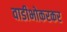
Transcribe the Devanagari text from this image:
वाडीभोकरकर